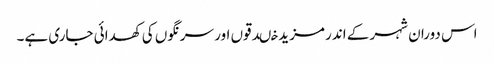
اس دوران شہر کے اندر مزید خںدقوں اور سرنگوں کی کھدائی جاری ہے۔